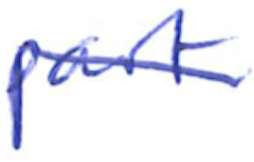
Text: part
Cross-out: diagonal
Writing tool: ballpoint